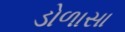
ડોળાસા